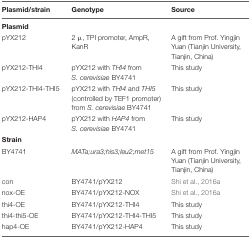
| Plasmid/strain | Genotype | Source |
 | --- | --- | --- |
 | Plasmid |  |  |
 | pYX212 | 2 μ, TPI promoter, AmpR, KanR | A gift from Prof. Yingjin Yuan (Tianjin University, Tianjin, China) |
 | pYX212-THI4 | pYX212 with THI4 from S. cerevisiae BY4741 | This study |
 | pYX212-THI4-THI5 | pYX212 with THI4 and THI5 (controlled by TEF1 promoter) from S. cerevisiae BY4741 | This study |
 | pYX212-HAP4 | pYX212 with HAP4 from S. cerevisiae BY4741 | This study |
 | Strain |  |  |
 | BY4741 | MATa;ura3;his3;leu2;met15 | A gift from Prof. Yingjin Yuan (Tianjin University, Tianjin, China) |
 | con | BY4741/pYX212 | Shi et al., 2016a |
 | nox-OE | BY4741/pYX212-NOX | Shi et al., 2016a |
 | thi4-OE | BY4741/pYX212-THI4 | This study |
 | thi4-thi5-OE | BY4741/pYX212-THI4-THI5 | This study |
 | hap4-OE | BY4741/pYX212-HAP4 | This study |